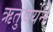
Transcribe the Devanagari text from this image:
ऋतुचर्येने